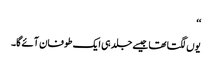
‘‘
یوں لگتا تھا جیسے جلد ہی ایک طوفان آئے گا۔